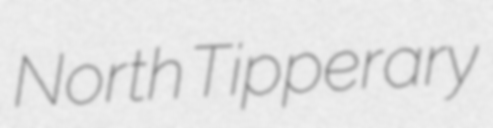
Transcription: North Tipperary